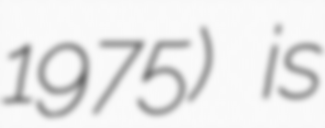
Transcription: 1975) is